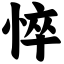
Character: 悴